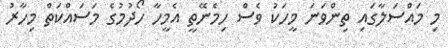
މި މައްސަލާގައި ތިންވަނަ މީހަކު ވެސް ހިމެނޭތީ އެމީހާ ހޯދުމުގެ މަސައްކަތް މިހާރު